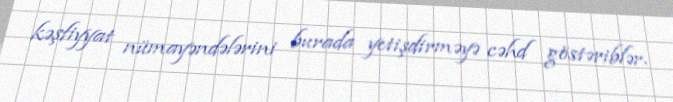
kəşfiyyat nümayəndələrini burada yetişdirməyə cəhd göstəriblər.